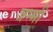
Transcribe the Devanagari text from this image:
जम्भी